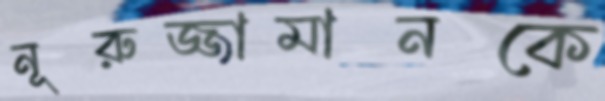
নূরুজ্জামানকে